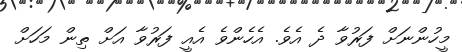
މީހުންނަށް ފަރުވާ ދެ އެވެ. އެހެންވެ އެއީ ފަރުވާ އަށް ތިން މަހަށް